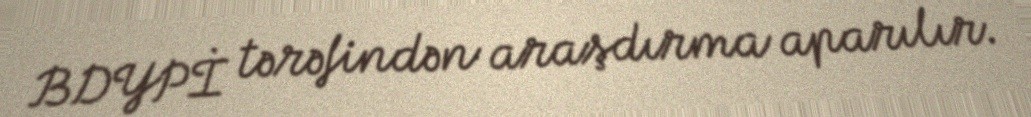
BDYPİ tərəfindən araşdırma aparılır.